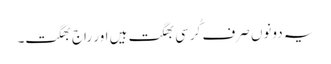
یہ دونوں صرف کُرسی بھگت ہیں اور راج بھگت۔